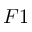
F 1